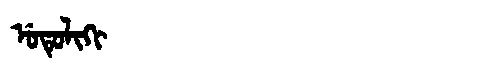
Manchu: ᡠᡨᡠᠯᡳᡴᡳ
Romanization: UTULIKI